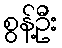
စွန့်ဦး